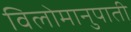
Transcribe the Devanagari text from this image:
विलोमानुपाती